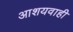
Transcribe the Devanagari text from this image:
आशयवाही